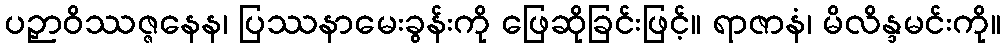
ပဉှာဝိဿဇ္ဇနေန၊ ပြဿနာမေးခွန်းကို ဖြေဆိုခြင်းဖြင့်။ ရာဇာနံ၊ မိလိန္ဒမင်းကို။